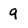
Character: 9